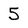
Character: 5